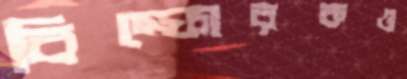
বিস্ফোরকও